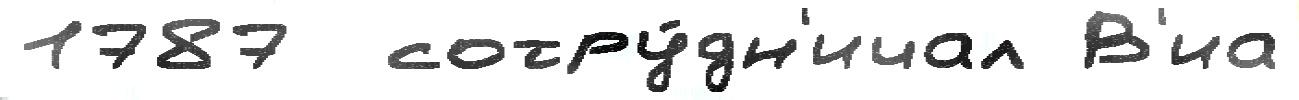
1787  сотру́дн'ичал В'иа